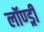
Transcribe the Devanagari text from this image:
लॉण्ड्री